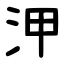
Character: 㳌